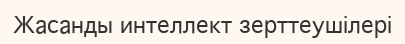
Жасанды интеллект зерттеушілері